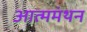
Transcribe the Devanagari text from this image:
आत्ममंथन